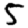
Digit: 5